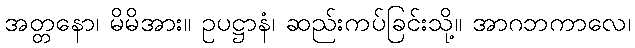
အတ္တနော၊ မိမိအား။ ဥပဋ္ဌာနံ၊ ဆည်းကပ်ခြင်းသို့။ အာဂဘကာလေ၊